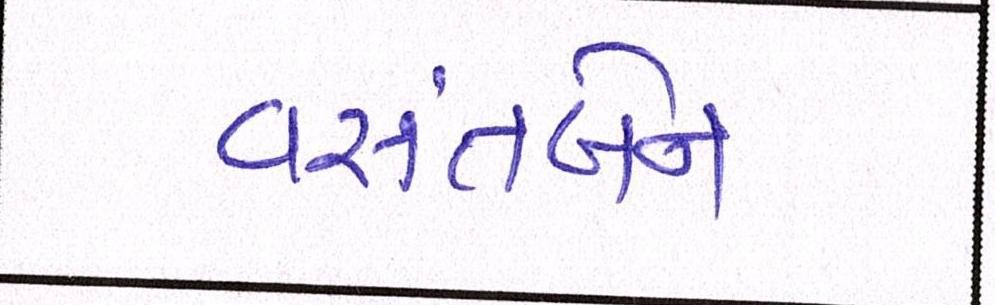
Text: વસંતબેન